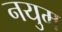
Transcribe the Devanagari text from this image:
नयुम